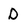
Character: D